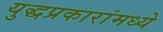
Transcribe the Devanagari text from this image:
युद्धप्रकारांमध्ये